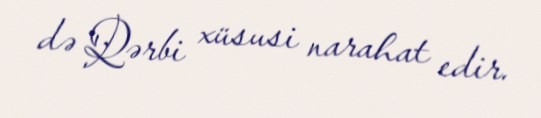
də Qərbi xüsusi narahat edir.